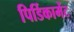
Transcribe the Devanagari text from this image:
पिर्डिकामेंट